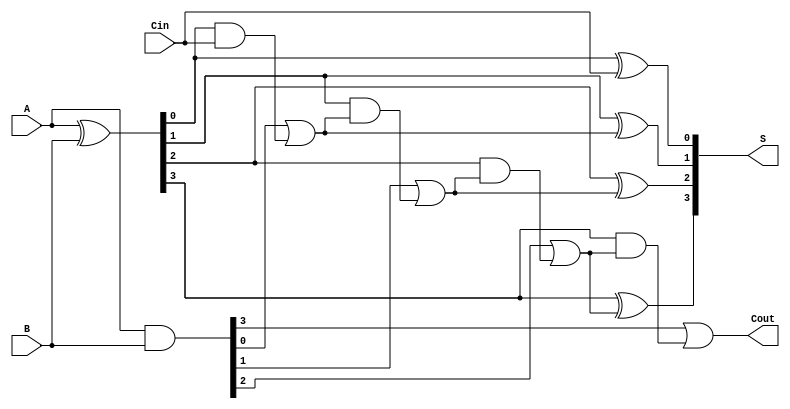
module HanCarlsonAdder #(parameter n = 4) (
    input  [n-1:0] A,      // First operand
    input  [n-1:0] B,      // Second operand
    input         Cin,      // Carry-in
    output [n-1:0] S,      // Sum output
    output        Cout      // Carry-out
);

    wire [n-1:0] G;        // Generate signals
    wire [n-1:0] P;        // Propagate signals
    wire [n:0] C;          // Carry signals

    // Generate and Propagate calculations
    assign G = A & B;      // Generate: Gi = A[i] AND B[i]
    assign P = A ^ B;      // Propagate: Pi = A[i] XOR B[i]

    // Carry calculations
    assign C[0] = Cin;     // Initial carry-in
    genvar i;
    generate
        for (i = 0; i < n; i = i + 1) begin : carry_calc
            assign C[i + 1] = G[i] | (P[i] & C[i]); // Carry: Ci+1 = Gi + (Pi AND Ci)
        end
    endgenerate

    // Sum calculations
    generate
        for (i = 0; i < n; i = i + 1) begin : sum_calc
            assign S[i] = P[i] ^ C[i]; // Sum: Si = Pi XOR Ci
        end
    endgenerate

    // Carry-out is the carry from the most significant bit
    assign Cout = C[n];

endmodule